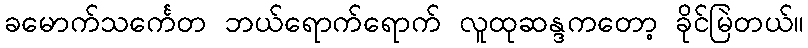
ခမောက်သင်္ကေတ ဘယ်ရောက်ရောက် လူထုဆန္ဒကတော့ ခိုင်မြဲတယ်။